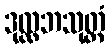
ဒုလ္လဘသုတ္တံ